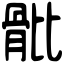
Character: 𩨨